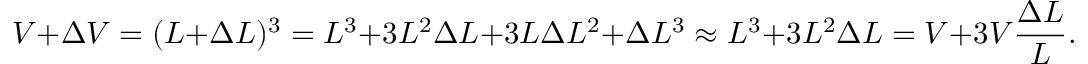
V + \Delta V = ( L + \Delta L ) ^ { 3 } = L ^ { 3 } + 3 L ^ { 2 } \Delta L + 3 L \Delta L ^ { 2 } + \Delta L ^ { 3 } \approx L ^ { 3 } + 3 L ^ { 2 } \Delta L = V + 3 V { \frac { \Delta L } { L } } .